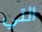
التي